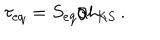
LaTeX: \tau _ { \mathrm { e q } } = S _ { \mathrm { e q } } / h _ { \mathrm { K S } } \, .